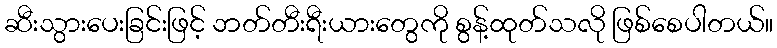
ဆီးသွားပေးခြင်းဖြင့် ဘတ်တီးရီးယားတွေကို စွန့်ထုတ်သလို ဖြစ်စေပါတယ်။